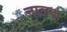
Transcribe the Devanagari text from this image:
नालदा